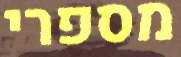
מספרי